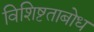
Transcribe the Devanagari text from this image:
विशिष्टताबोध